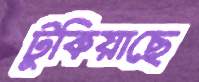
টুকিয়াছে